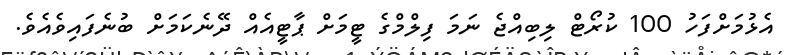
އެޅުމަށްފަހު 100 ކުރޯޓް ލިބިއްޖެ ނަމަ ފިލްމްގެ ޓީމަށް ޕާޓީއެއް ދޭނެކަމަށް ބުނެފައިވެއެވެ.